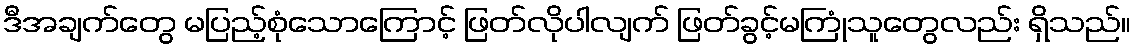
ဒီအချက်တွေ မပြည့်စုံသောကြောင့် ဖြတ်လိုပါလျက် ဖြတ်ခွင့်မကြုံသူတွေလည်း ရှိသည်။